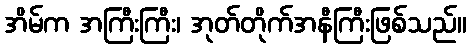
အိမ်က အကြီးကြီး၊ အုတ်တိုက်အနီကြီးဖြစ်သည်။